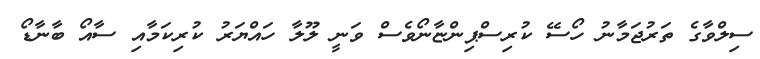
ސިލްވާގެ ތަރުޖަމާނު ހޯސޭ ކުރިސްޕިންޏާނޯވެސް ވަނީ ލޫލާ ހައްޔަރު ކުރިކަމާއި ސާއޯ ބާނާޑޯ